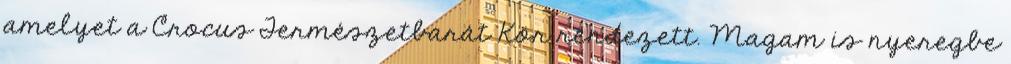
amelyet a Crocus Természetbarát Kör rendezett. Magam is nyeregbe